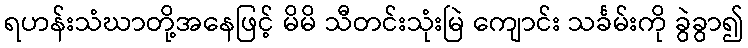
ရဟန်းသံဃာတို့အနေဖြင့် မိမိ သီတင်းသုံးမြဲ ကျောင်း သင်္ခမ်းကို ခွဲခွာ၍